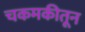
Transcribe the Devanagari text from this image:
चकमकीतून